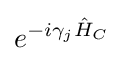
e^{-i\gamma _{j}{\hat {H}}_{C}}